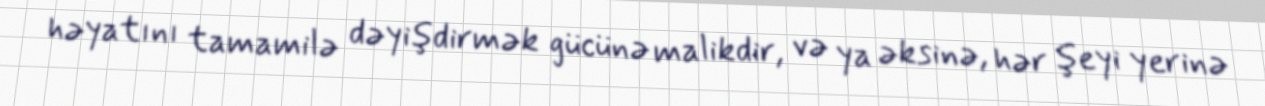
həyatını tamamilə dəyişdirmək gücünə malikdir, və ya əksinə, hər şeyi yerinə